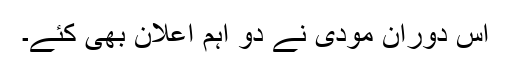
اس دوران مودی نے دو اہم اعلان بھی کئے۔